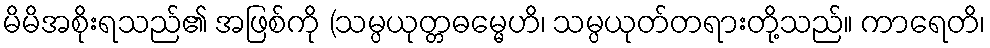
မိမိအစိုးရသည်၏ အဖြစ်ကို (သမ္ပယုတ္တဓမ္မေဟိ၊ သမ္ပယုတ်တရားတို့သည်။ ကာရေတိ၊